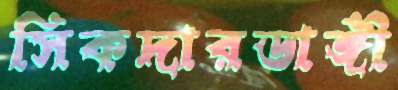
সিকদারডাঙ্গী